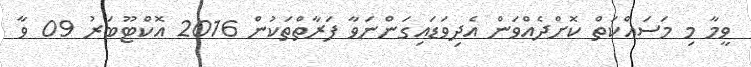
ވީމާ މި މަސައްކަތް ކޮށްދެއްވަން އެދިވަޑައިގަންނަވާ ފަރާތްތަކުން 2016 އޮކްޓޫބަރު 09 ވާ